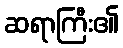
ဆရာကြီး၏